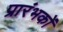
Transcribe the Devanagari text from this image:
प्रारंभकों